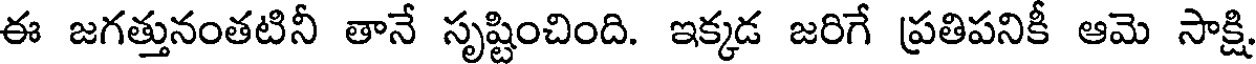
ఈ జగత్తునంతటినీ తానే సృష్టించింది. ఇక్కడ జరిగే ప్రతిపనికీ ఆమె సాక్షి